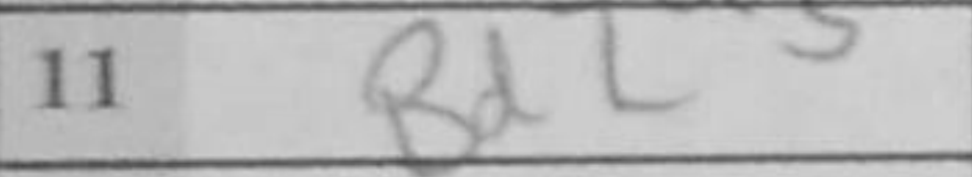
Transcription: Bd2